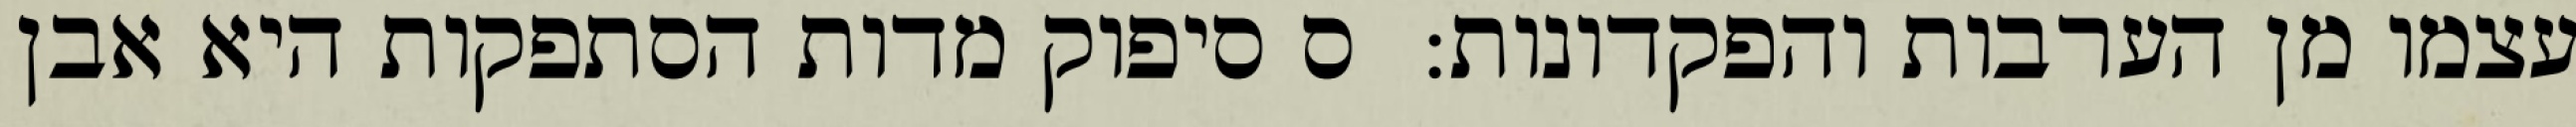
עצמו מן הערבות והפקדונות:  ס סיפוק מדות הסתפקות היא אבן